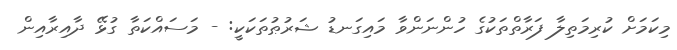
މިކަމަށް ކުރިމަތިލާ ފަރާތްތަކުގެ ހުންނަންވާ މައިގަނޑު ޝަރުޠުތަކަކީ: - މަސައްކަތާ ގުޅޭ ދާއިރާއިން